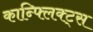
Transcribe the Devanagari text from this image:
कान्फ्लिक्ट्स